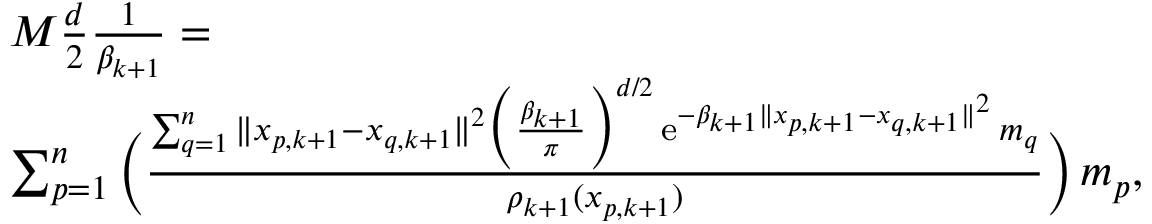
\begin{array} { r l } & { M \frac { d } { 2 } \frac { 1 } { \beta _ { k + 1 } } = } \\ & { \sum _ { p = 1 } ^ { n } \Big ( \frac { \sum _ { q = 1 } ^ { n } \| x _ { p , k + 1 } - x _ { q , k + 1 } \| ^ { 2 } \Big ( \frac { \beta _ { k + 1 } } { \pi } \Big ) ^ { d / 2 } \, \mathrm { e } ^ { - \beta _ { k + 1 } \| x _ { p , k + 1 } - x _ { q , k + 1 } \| ^ { 2 } } \, m _ { q } } { \rho _ { k + 1 } ( x _ { p , k + 1 } ) } \Big ) \, m _ { p } , } \end{array}